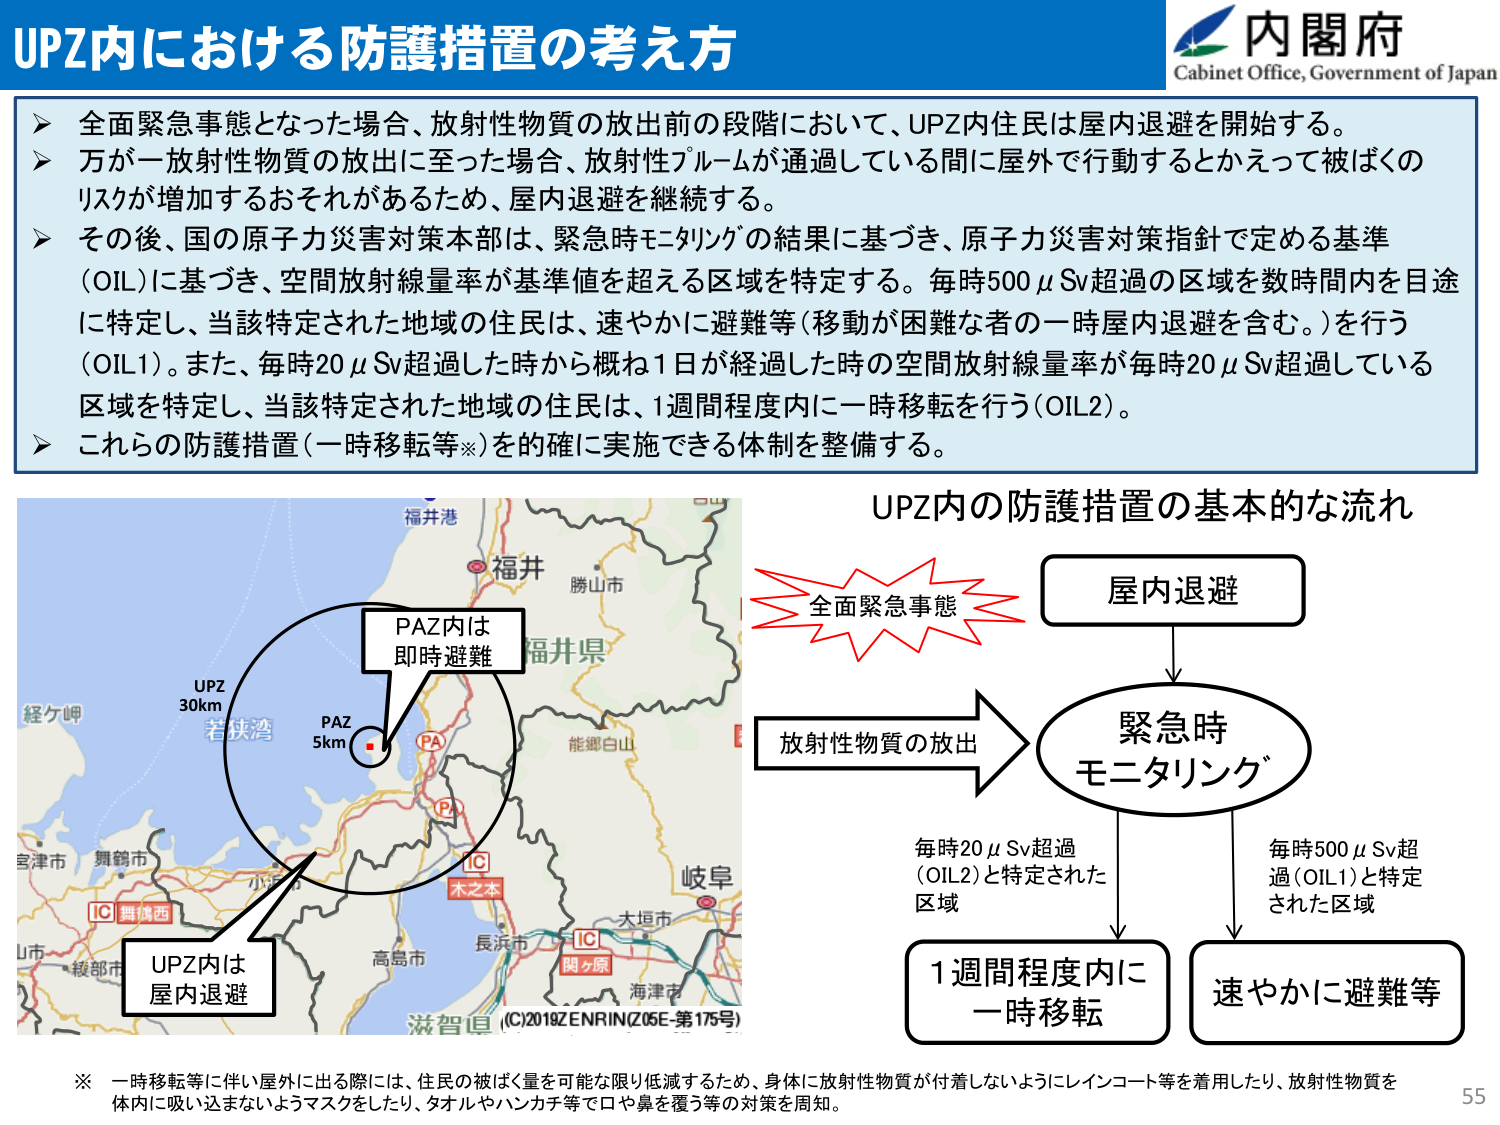
UPZ内における防護措置の考え方

内閣府
Cabinet Office, Government of Japan

▶ 全面緊急事態となった場合、放射性物質の放出前の段階において、UPZ内住民は屋内退避を開始する。
▶ 万が一放射性物質の放出に至った場合、放射性プルームが通過している間に屋外で行動するとかえって被ばくのリスクが増加するおそれがあるため、屋内退避を継続する。
▶ その後、国の原子力災害対策本部は、緊急時モニタリングの結果に基づき、原子力災害対策指針で定める基準（OIL）に基づき、空間放射線量率が基準値を超える区域を特定する。毎時500μSv超過の区域を数時間内を目途に特定し、当該特定された地域の住民は、速やかに避難等（移動が困難な者の一時屋内退避を含む。）を行う（OIL1）。また、毎時20μSv超過した時から概ね1日が経過した時の空間放射線量率が毎時20μSv超過している区域を特定し、当該特定された地域の住民は、1週間程度内に一時移転を行う（OIL2）。
▶ これらの防護措置（一時移転等※）を的確に実施できる体制を整備する。

UPZ内の防護措置の基本的な流れ

全面緊急事態
→ 屋内退避
→ 放射性物質の放出
→ 緊急時モニタリング
→ 毎時500μSv超過（OIL1）と特定された区域 → 速やかに避難等
→ 毎時20μSv超過（OIL2）と特定された区域 → 1週間程度内に一時移転

地図上：
福井港
福井
勝山市
福井県
能郷白山
PAZ 5km
PA
PA
IC 木之本
UPZ 30km
若狭湾
経ケ岬
宮津市
舞鶴市
小浜市
IC 舞鶴西
長浜市
IC 関ヶ原
大垣市
岐阜
高島市
海津市
滋賀県
(C)2019ZENRIN(Z05E-第175号)

※ 一時移転等に伴い屋外に出る際には、住民の被ばく量を可能な限り低減するため、身体に放射性物質が付着しないようにレインコート等を着用したり、放射性物質を体内に吸い込まないようマスクをしたり、タオルやハンカチ等で口や鼻を覆う等の対策を周知。

55